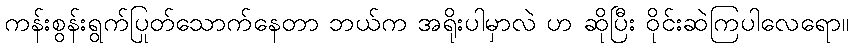
ကန်းစွန်းရွက်ပြုတ်သောက်နေတာ ဘယ်က အရိုးပါမှာလဲ ဟ ဆိုပြီး ဝိုင်းဆဲကြပါလေရော။